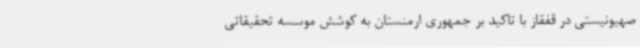
صهیونیستی در قفقاز با تاکید بر جمهوری ارمنستان به کوشش موسسه تحقیقاتی